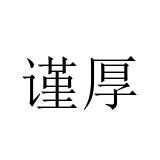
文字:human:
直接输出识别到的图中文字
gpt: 谨厚